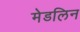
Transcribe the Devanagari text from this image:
मेडलिन